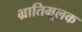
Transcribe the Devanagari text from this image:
भ्रातिमूलक